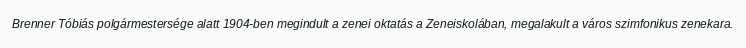
Brenner Tóbiás polgármestersége alatt 1904-ben megindult a zenei oktatás a Zeneiskolában, megalakult a város szimfonikus zenekara.